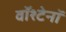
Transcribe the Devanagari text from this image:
वॉश्टेनॉ